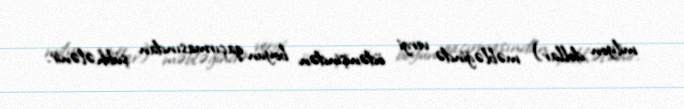
milyon dollar) məbləğində vergi ödənişindən boyun qaçırmasından şübhələnir.